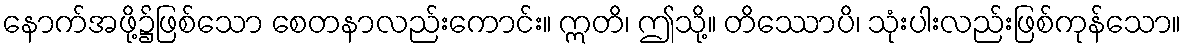
နောက်အဖို့၌ဖြစ်သော စေတနာလည်းကောင်း။ ဣတိ၊ ဤသို့။ တိဿောပိ၊ သုံးပါးလည်းဖြစ်ကုန်သော။